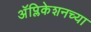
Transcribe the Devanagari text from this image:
अॅप्लिकेशनच्या